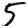
Digit: 5